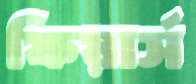
ফিয়ার্স